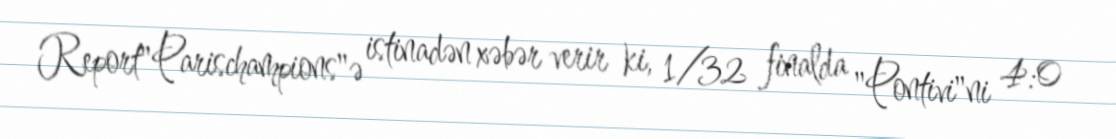
Report"Parischampions"ə istinadən xəbər verir ki, 1/32 finalda "Pontivi"ni 4:0